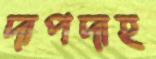
দাপদাহ